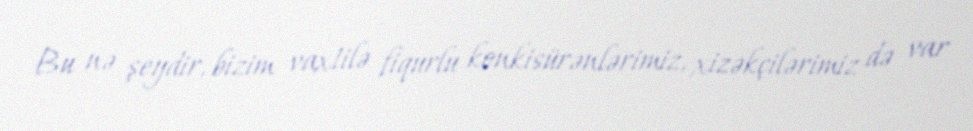
Bu nə şeydir, bizim vaxtilə fiqurlu konkisürənlərimiz, xizəkçilərimiz də var